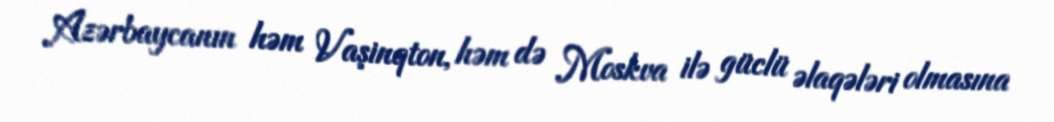
Azərbaycanın həm Vaşinqton, həm də Moskva ilə güclü əlaqələri olmasına